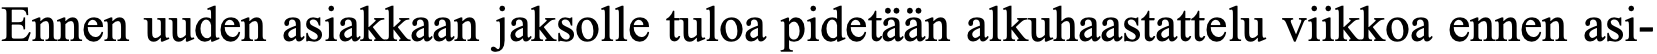
Ennen uuden asiakkaan jaksolle tuloa pidetään alkuhaastattelu viikkoa ennen asi-